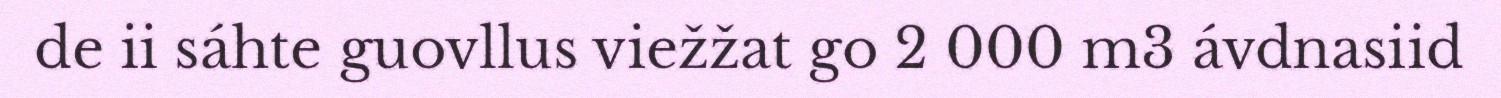
de ii sáhte guovllus viežžat go 2 000 m3 ávdnasiid